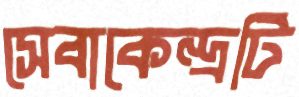
সেবাকেন্দ্রটি